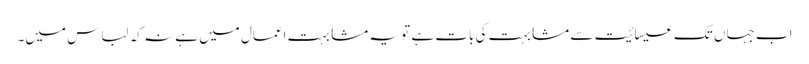
اب جہاں تک عیسائیت سے مشابہت کی بات ہے تو یہ مشابہت اعمال میں ہے نہ کہ لباس میں۔